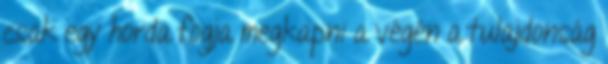
csak egy horda fogja megkapni a végén a tulajdonság